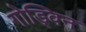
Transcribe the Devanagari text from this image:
गोड्विन